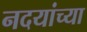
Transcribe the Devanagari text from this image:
नदयांच्या